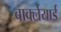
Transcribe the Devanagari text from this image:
बार्क्लेयार्ड